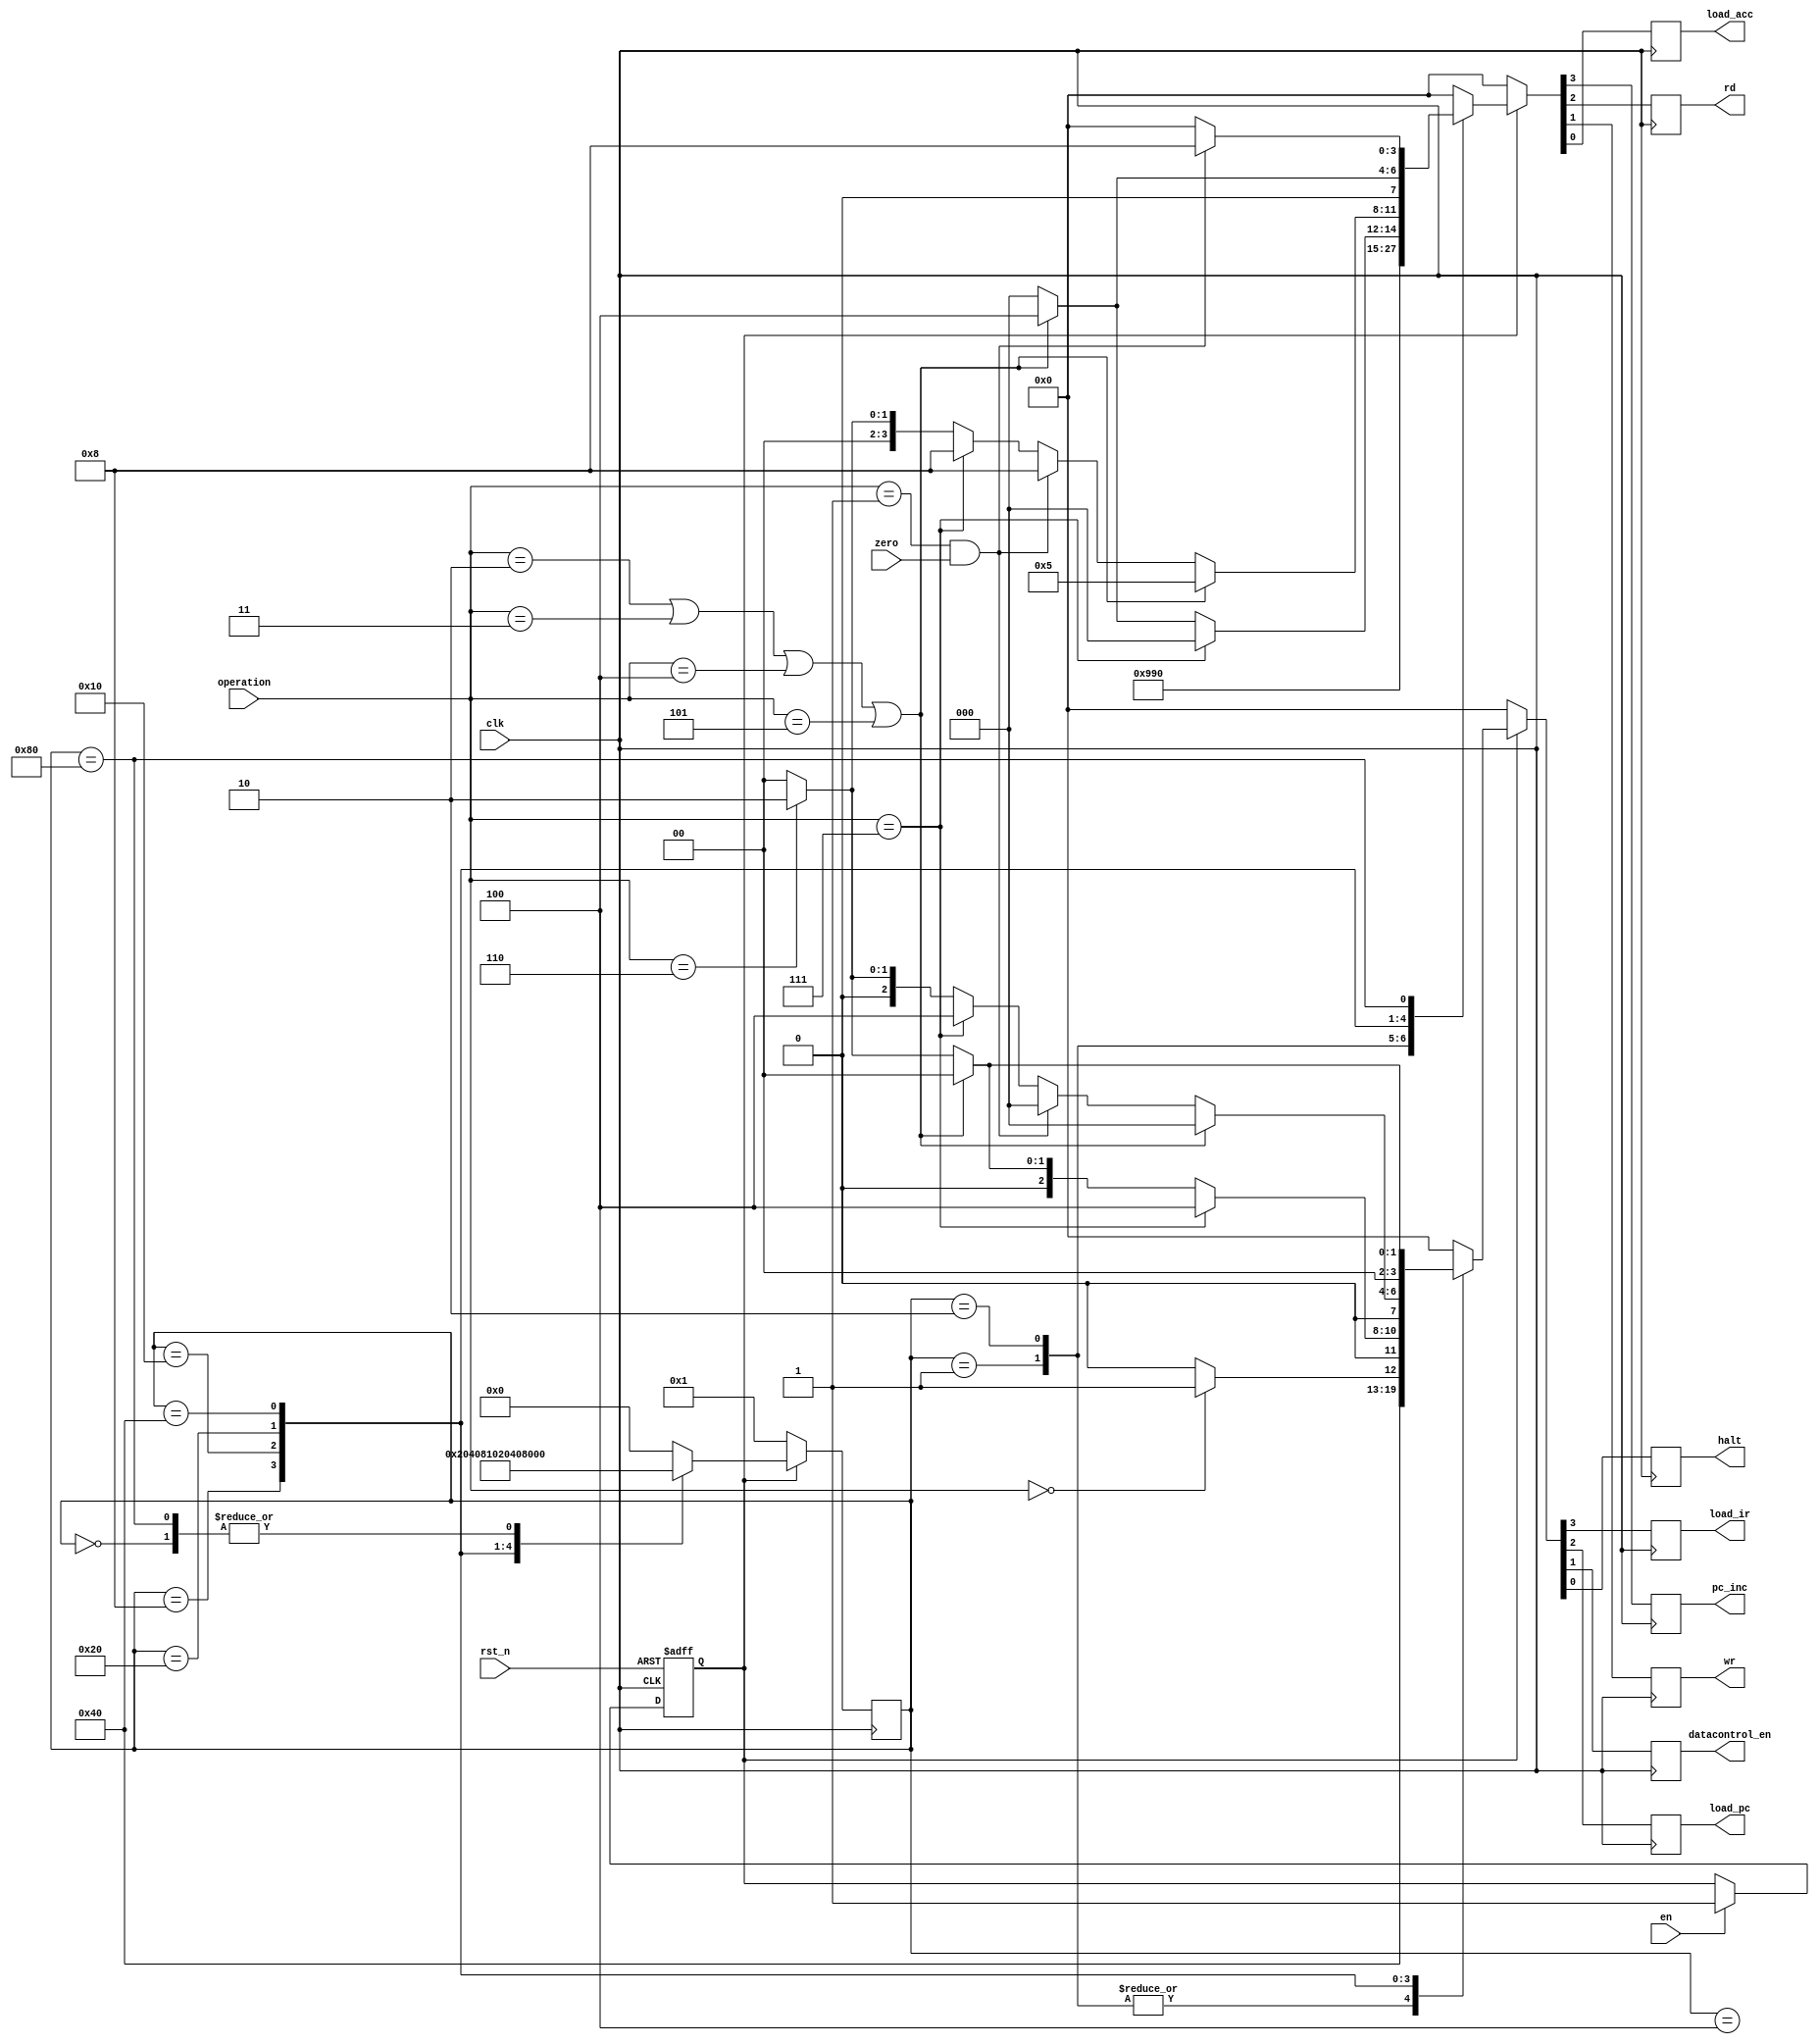
`timescale 1ns / 1ps
//////////////////////////////////////////////////////////////////////////////////
// Company: 
// Engineer: 
// 
// Design Name: 
// Module Name: condition_control
// Project Name: 
// Target Devices: 
// Tool Versions: 
// Description: 
// 
// Dependencies: 
// 
// Revision:
// Revision 0.01 - File Created
// Additional Comments:
// 
//////////////////////////////////////////////////////////////////////////////////


module condition_control(
    input clk,
    input rst_n,
    input zero,
    input [2:0] operation,
    input en,
    output reg pc_inc,
    output reg rd,
    output reg wr,
    output reg load_acc,
    output reg load_ir,
    output reg load_pc,
    output reg datacontrol_en,
    output reg halt
    );

    parameter HLT = 3'b000,
              SKZ = 3'b001,
              ADD = 3'b010,
              ANDD = 3'b011,
              XORR = 3'b100,
              LDA = 3'b101,
              STO = 3'b110,
              JMP = 3'b111;
    parameter IDLE = 8'b0000_0000,
              S1 = 8'b0000_0001,
              S2 = 8'b0000_0010,
              S3 = 8'b0000_0100,
              S4 = 8'b0000_1000,
              S5 = 8'b0001_0000,
              S6 = 8'b0010_0000,
              S7 = 8'b0100_0000,
              S8 = 8'b1000_0000;          
    
    reg ena;
    reg [7:0] state, next_state;


    always@(posedge clk or negedge rst_n) begin
        if(!rst_n) ena <= 1'b0;
        else
            if(en) ena <= 1'b1;
    end


    
    always @(state) begin
        case(state)
            IDLE: next_state = S1;
            S1: next_state = S2;
            S2: next_state = S3;
            S3: next_state = S4;
            S4: next_state = S5;
            S5: next_state = S6;
            S6: next_state = S7;
            S7: next_state = S8;
            S8: next_state = S1;
            default: next_state = IDLE;
        endcase
    end

    always@(posedge clk) begin
        if(!ena) state <= S1;
        else
            state <= next_state;
    end


    always@(posedge clk) begin
        if(!ena) begin
            {pc_inc, rd, wr, load_acc} <= 4'b0000;
            {load_ir, load_pc, datacontrol_en, halt} <= 4'b0000;
        end
        else 
            ctl_cycle;

    end

    task ctl_cycle;
    begin
         case(state)
                S1:begin
                    {pc_inc, rd, wr, load_acc} <= 4'b0100;
                    {load_ir, load_pc, datacontrol_en, halt} <= 4'b1000;
                end
                S2:begin
                    {pc_inc, rd, wr, load_acc} <= 4'b1100;
                    {load_ir, load_pc, datacontrol_en, halt} <= 4'b1000;
                end
                S3:begin
                    {pc_inc, rd, wr, load_acc} <= 4'b0000;
                    {load_ir, load_pc, datacontrol_en, halt} <= 4'b0000;
                end
                S4:begin
                    if(operation == HLT) begin
                        {pc_inc, rd, wr, load_acc} <= 4'b1000;
                        {load_ir, load_pc, datacontrol_en, halt} <= 4'b0001;
                    end
                    else begin
                        {pc_inc, rd, wr, load_acc} <= 4'b1000;
                        {load_ir, load_pc, datacontrol_en, halt} <= 4'b0000;
                    end
                end
                S5:begin
                    if(operation == JMP) begin
                        {pc_inc, rd, wr, load_acc} <= 4'b0000;
                        {load_ir, load_pc, datacontrol_en, halt} <= 4'b0100;
                    end
                    else if(operation == ADD || operation == ANDD || operation == XORR || operation == LDA) begin
                        {pc_inc, rd, wr, load_acc} <= 4'b0100;
                        {load_ir, load_pc, datacontrol_en, halt} <= 4'b0000;
                    end
                    else if(operation == STO) begin
                        {pc_inc, rd, wr, load_acc} <= 4'b0000;
                        {load_ir, load_pc, datacontrol_en, halt} <= 4'b0010;
                    end
                    else begin
                        {pc_inc, rd, wr, load_acc} <= 4'b0000;
                        {load_ir, load_pc, datacontrol_en, halt} <= 4'b0000;
                    end
                end
                S6:begin
                    if(operation == ADD || operation == ANDD || operation == XORR || operation == LDA) begin
                        {pc_inc, rd, wr, load_acc} <= 4'b0101;
                        {load_ir, load_pc, datacontrol_en, halt} <= 4'b0000;
                    end
                    else if(operation == SKZ && zero) begin
                        {pc_inc, rd, wr, load_acc} <= 4'b1000;
                        {load_ir, load_pc, datacontrol_en, halt} <= 4'b0000;
                    end
                    else if(operation == JMP) begin
                        {pc_inc, rd, wr, load_acc} <= 4'b1000;
                        {load_ir, load_pc, datacontrol_en, halt} <= 4'b0100;
                    end
                    else if(operation == STO) begin
                        {pc_inc, rd, wr, load_acc} <= 4'b0010;
                        {load_ir, load_pc, datacontrol_en, halt} <= 4'b0010;
                    end
                    else begin
                        {pc_inc, rd, wr, load_acc} <= 4'b0000;
                        {load_ir, load_pc, datacontrol_en, halt} <= 4'b0000;
                    end

                end
                S7:begin
                    if(operation == ADD || operation == ANDD || operation == XORR || operation == LDA) begin
                        {pc_inc, rd, wr, load_acc} <= 4'b0100;
                        {load_ir, load_pc, datacontrol_en, halt} <= 4'b0000;
                    end
                    else if(operation == STO) begin
                        {pc_inc, rd, wr, load_acc} <= 4'b0000;
                        {load_ir, load_pc, datacontrol_en, halt} <= 4'b0010;
                    end
                    else begin
                        {pc_inc, rd, wr, load_acc} <= 4'b0000;
                        {load_ir, load_pc, datacontrol_en, halt} <= 4'b0000;
                    end
                end
                S8:begin
                    if(operation == SKZ && zero) begin
                        {pc_inc, rd, wr, load_acc} <= 4'b1000;
                        {load_ir, load_pc, datacontrol_en, halt} <= 4'b0000;
                    end
                    else begin
                        {pc_inc, rd, wr, load_acc} <= 4'b0000;
                        {load_ir, load_pc, datacontrol_en, halt} <= 4'b0000;
                    end
                end
                
                default:begin
                    {pc_inc, rd, wr, load_acc} <= 4'b0000;
                    {load_ir, load_pc, datacontrol_en, halt} <= 4'b0000;
                end

        endcase
    end
    endtask

    





    
endmodule